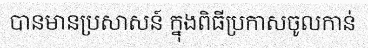
បានមានប្រសាសន៍ ក្នុងពិធីប្រកាសចូលកាន់